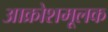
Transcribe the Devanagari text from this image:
आक्रोशमूलक